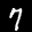
Label: 7